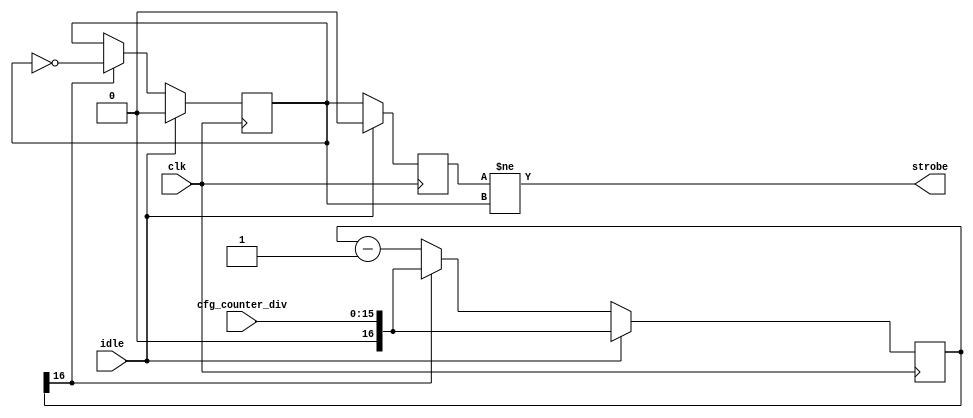
module uart_divider #(
    parameter COUNTER_BITS = 16,
    parameter PHASE_90 = 0
)(
    input  clk,
    input  idle,

    input [COUNTER_BITS-1:0] cfg_counter_div,

    output strobe
);

reg [COUNTER_BITS:0] clk_counter;
reg                  clk_div;
reg                  clk_div_p;
assign               strobe = (clk_div_p != clk_div);

always @(posedge clk) begin
    if (idle) begin
        clk_counter  <= (PHASE_90) ? (cfg_counter_div >> 1) : cfg_counter_div;
        clk_div      <= 0;
        clk_div_p    <= 0;
    end else begin
        clk_counter <= clk_counter - 1'b1;
        clk_div_p   <= clk_div;

        if (clk_counter[COUNTER_BITS]) begin
            clk_counter <= cfg_counter_div;
            clk_div     <= ~clk_div;
        end
    end
end

endmodule